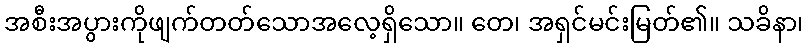
အစီးအပွားကိုဖျက်တတ်သောအလေ့ရှိသော။ တေ၊ အရှင်မင်းမြတ်၏။ သခိနာ၊